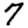
Digit: 7